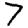
Digit: 7